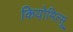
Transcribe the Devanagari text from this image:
कियोमित्सू